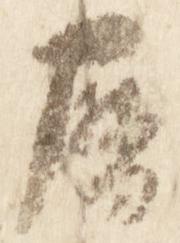
暦